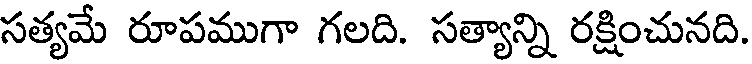
సత్యమే రూపముగా గలది. సత్యాన్ని రక్షించునది.